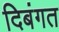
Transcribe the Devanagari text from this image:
दिबंगत